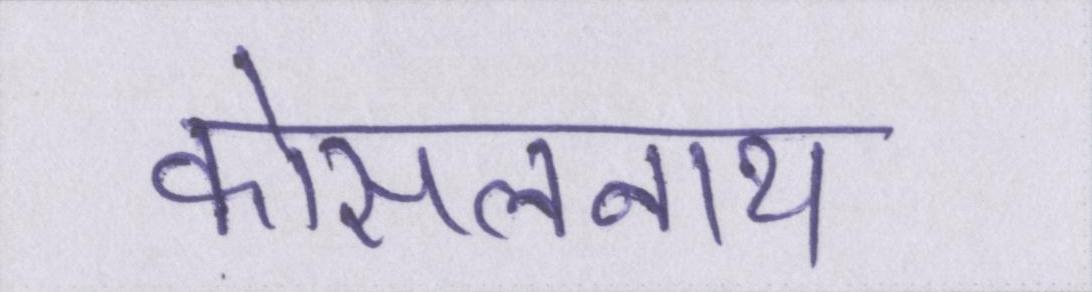
कोसलनाथ